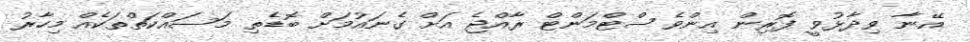
އޭނާ ވިދާޅުވީ ފޮރިން އިންވެސްޓްމަންޓް ރާއްޖެ އަށް ގެނައުމަށް ބޮޑެތި މަސައްކަތްތަކެއް މިހާރު